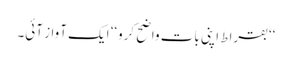
‘‘بقراط اپنی بات واضح کرو‘‘ ایک آواز آئی۔